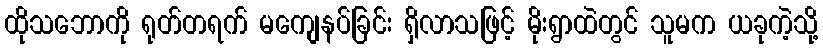
ထိုသဘောကို ရုတ်တရက် မကျေနပ်ခြင်း ရှိလာသဖြင့် မိုးရွာထဲတွင် သူမက ယခုကဲ့သို့